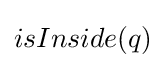
isInside(q)